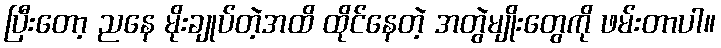
ပြီးတော့ ညနေ မိုးချုပ်တဲ့အထိ ထိုင်နေတဲ့ အတွဲမျိုးတွေကို ဖမ်းတာပါ။